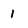
Character: 1